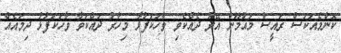
ކޮންމެއަކަސް ރައީސް މައުމޫން އޭރު ދެއްކެވި ވާހަކަފުޅާ މިހާރު ދައްކަވާ ވާހަކަފުޅު ދިމައެއް